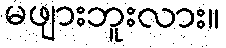
မဖျားဘူးလား။